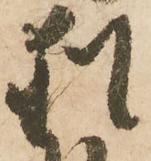
猶